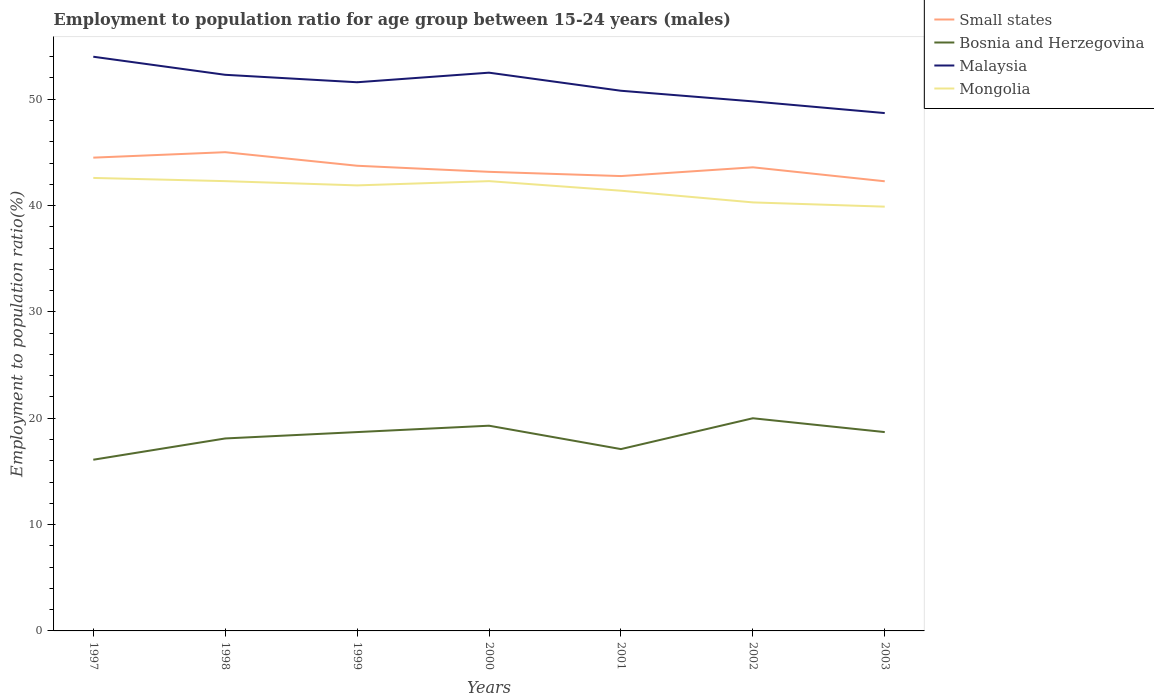
| Years | Small states | Bosnia and Herzegovina | Malaysia | Mongolia |
 | --- | --- | --- | --- | --- |
 | 1997 | 44.5 | 16.1 | 54 | 42.6 |
 | 1998 | 45 | 18.1 | 52.3 | 42.3 |
 | 1999 | 43.7 | 18.7 | 51.6 | 41.9 |
 | 2000 | 43.2 | 19.3 | 52.5 | 42.3 |
 | 2001 | 42.8 | 17.1 | 50.8 | 41.4 |
 | 2002 | 43.6 | 20 | 49.8 | 40.3 |
 | 2003 | 42.3 | 18.7 | 48.7 | 39.9 |